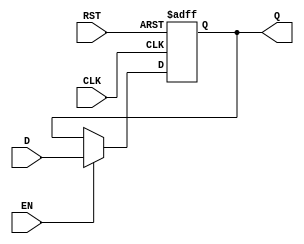
module DataRegister #(
    parameter WIDTH = 8 // Parameter for the width of the data register
)(
    input  wire [WIDTH-1:0] D,     // Data input
    input  wire CLK,                 // Clock signal
    input  wire RST,                 // Reset signal
    input  wire EN,                  // Enable signal (optional)
    output reg  [WIDTH-1:0] Q        // Data output
);

// Sequential logic for the data register
always @(posedge CLK or posedge RST) begin
    if (RST) begin
        Q <= {WIDTH{1'b0}};           // Asynchronous reset to zero
    end else if (EN) begin
        Q <= D;                       // Capture data input on clock edge if enabled
    end
    // If EN is low, Q retains its previous value
end

endmodule